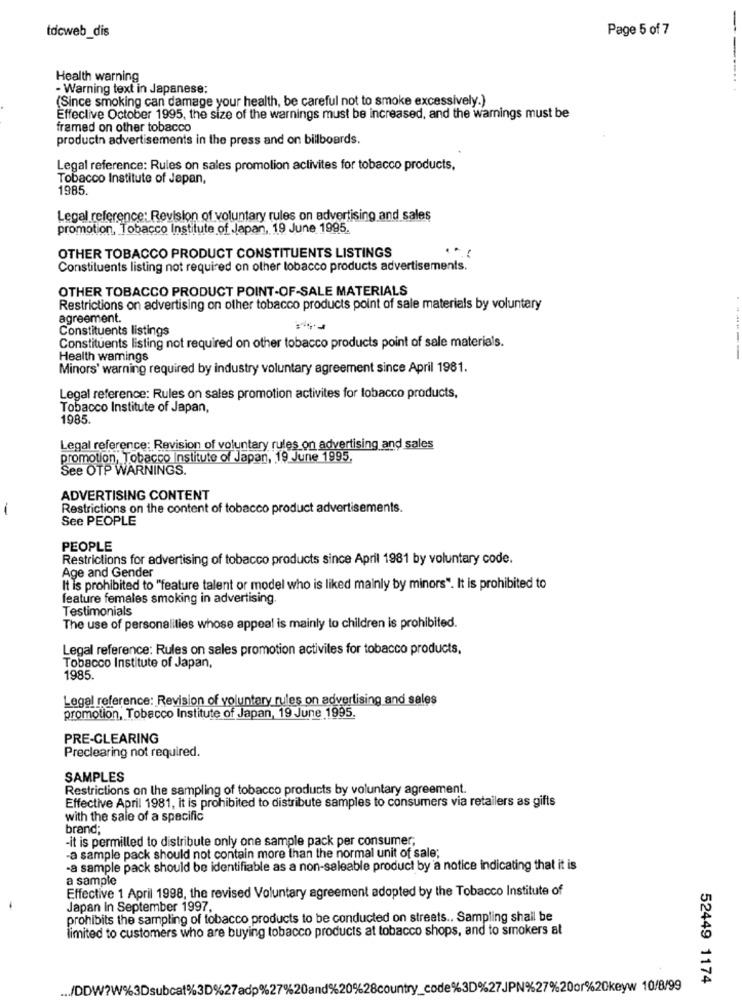
Page 5 of 7
-
tdcweb_dis
Health warning
- Warning text in Japanese:
(Since smoking can damage your health, be careful not to smoke excessively.)
Effeclive October 1995, the size of the warnings must be increased, and the warnings must be
framed on other tobacco
productn advertisements in the press and on billboards.
Legal reference: Rules on sales promotion activites for tobacco products,
Tobacco Institute of Jepan,
1985.
Legal reference: Revision of voluntary rules on advertising and sales
promotion, Tobacco Institute of Japan, 19 June 1995.
1 ..
OTHER TOBACCO PRODUCT CONSTITUENTS LISTINGS
Constituents listing not required on other tobacco products advertisements.
OTHER TOBACCO PRODUCT POINT-OF-SALE MATERIALS
Restrictions on advertising on other tobacco products point of sale materials by voluntary
agreement.
Constituents listings
Constituents listing not required on other tobacco products point of sale materials.
Health warnings
Minors' warning required by industry voluntary agreement since April 1981.
Legal reference: Rules on sales promotion activites for tobacco products,
Tobacco Institute of Japan,
1985.
Legal reference: Revision of voluntary rules on advertising and sales
promotion, Tobacco Institute of Japan, 19 June 1995.
See OTP WARNINGS.
ADVERTISING CONTENT
-
Restrictions on the content of tobacco product advertisements.
See PEOPLE
PEOPLE
Restrictions for advertising of tobacco products since April 1981 by voluntary code.
Age and Gender
It is prohibited to "feature talent or model who is liked mainly by minors". It is prohibited to
feature females smoking in advertising.
Testimonials
The use of personalities whose appeal is mainly to children is prohibited.
Legal reference: Rules on sales promotion activites for tobacco products,
Tobacco Institute of Japan,
1985.
Legal reference: Revision of voluntary rules on advertising and sales
promotion, Tobacco Institute of Japan, 19 June 1995.
PRE-CLEARING
Preclearing not required.
SAMPLES
Restrictions on the sampling of tobacco products by voluntary agreement.
Effective April 1981, it is prohibited to distribute samples to consumers via retailers as gifts
with the sale of a specific
brand;
-it is permilled to distribute only one sample pack per consumer;
-a sample pack should not contain more than the normal unit of sale;
-a sample pack should be identifiable as a non-saleable product by a notice indicating that it is
a sample
Effective 1 April 1998, the revised Voluntary agreement adopted by the Tobacco Institute of
-
Japan In September 1997.
prohibits the sampling of tobacco products to be conducted on streets .. Sampling shall be
limited to customers who are buying tobacco products at tobacco shops, and to smokers at
52449 1174
/DDW?W%3Dsubcat%3D%27adp%27%20and%20%28country_code%3D%27JPN%27%20or%20keyw 10/8/99